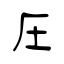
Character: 圧